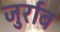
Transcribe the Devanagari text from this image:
जुर्राब